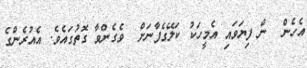
އެހެން  ން ފިޔަވައި އެމީހަކު ކަލޭގެފާނަށް  ވެގެންވާ ގޮތުގައެވެ. އެއުރެންގެ